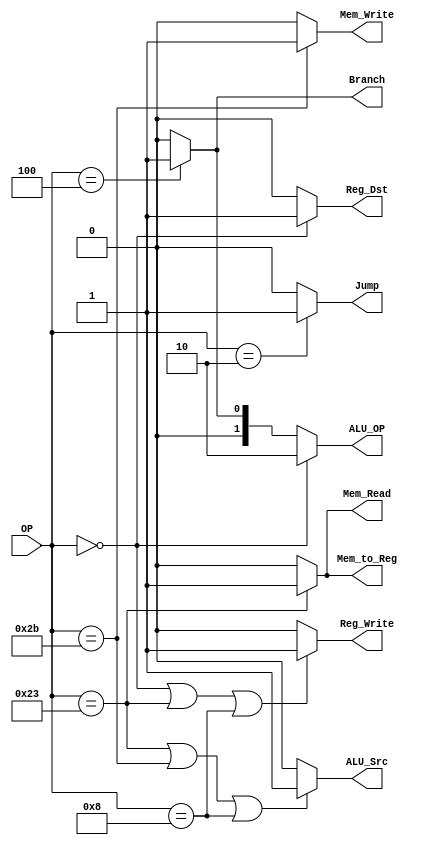
`timescale 1ns / 1ps

module Decoder(OP, Reg_Dst, Jump, Branch, Mem_Read, Mem_to_Reg, ALU_OP, Mem_Write, ALU_Src, Reg_Write);

	input [5:0] OP;
	output Reg_Dst, Jump, Branch, Mem_Read, Mem_to_Reg, Mem_Write, ALU_Src, Reg_Write;
	output [1:0] ALU_OP;
	wire Reg_Dst, Jump, Branch, Mem_Read, Mem_to_Reg, Mem_Write, ALU_Src, Reg_Write;
	wire [1:0]ALU_OP;
	/////  OP Code  /////
	//  R-type 000000  //
	//  load   100011  //
	//  store  101011  //
	//  beq    000100  //
	//  addi   001000  //
	//  j      000010  //
	/////////////////////
	
	assign Reg_Dst = (OP == 6'b000000) ? 1 : 0;
	assign Mem_Read = (OP == 6'b100011) ? 1 : 0;
	assign Mem_to_Reg = (OP == 6'b100011) ? 1 : 0;
	assign Mem_Write = (OP == 6'b101011) ? 1 : 0;
	
	////  ALUOP  ////
	//  R-type 10  //
	//  beq    01  //
	//  else   00  //
	/////////////////
	
	/* add your code here */
	assign Jump = (OP == 6'b000010) ? 1 : 0;
	assign Branch = (OP == 6'b000100) ? 1 : 0;
	assign ALU_Src = (OP == 6'b100011 || OP == 6'b101011 || OP == 6'b001000) ? 1 : 0;
	assign Reg_Write = (OP == 6'b000000 || OP == 6'b100011 || OP == 6'b001000) ? 1 : 0;
	assign ALU_OP = (OP == 6'b000000) ? 2'b10:
			(OP == 6'b000100) ? 2'b01:2'b00;
	
endmodule